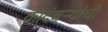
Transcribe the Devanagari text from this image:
कादंबर्‍यांंची